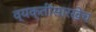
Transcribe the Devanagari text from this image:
व्यक्तींसारखेच